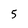
Character: 5